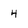
Character: 4